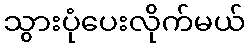
သွားပုံပေးလိုက်မယ်